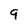
Character: 9